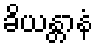
ခိယန္တာနံ